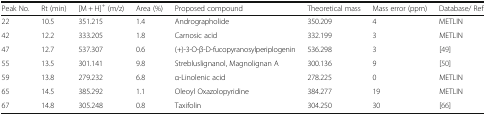
| Peak No. | Rt (min) | [M + H]+ (m/z) | Area (%) | Proposed compound | Theoretical mass | Mass error (ppm) | Database/ Ref |
 | --- | --- | --- | --- | --- | --- | --- | --- |
 | 22 | 10.5 | 351.215 | 1.4 | Andrographolide | 350.209 | 4 | METLIN |
 | 42 | 12.2 | 333.205 | 1.8 | Carnosic acid | 332.199 | 3 | METLIN |
 | 47 | 12.7 | 537.307 | 0.6 | (+)-3-O-β-D-fucopyranosylperiplogenin | 536.298 | 3 | [49] |
 | 55 | 13.5 | 301.141 | 9.8 | Strebluslignanol, Magnolignan A | 300.136 | 9 | [50] |
 | 59 | 13.8 | 279.232 | 6.8 | α-Linolenic acid | 278.225 | 0 | METLIN |
 | 65 | 14.5 | 385.292 | 1.1 | Oleoyl Oxazolopyridine | 384.277 | 19 | METLIN |
 | 67 | 14.8 | 305.248 | 0.8 | Taxifolin | 304.250 | 30 | [66] |